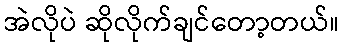
အဲလိုပဲ ဆိုလိုက်ချင်တော့တယ်။